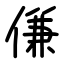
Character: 傔